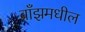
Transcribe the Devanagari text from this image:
ब्राँझमधील